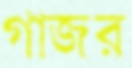
গাজর